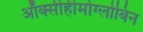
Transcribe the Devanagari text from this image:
ऑक्सीहीमोग्लोबिन